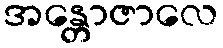
အန္တောဇာလေ